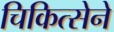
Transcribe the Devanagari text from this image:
चिकित्सेने